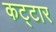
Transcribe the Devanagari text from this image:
कट्टार